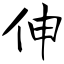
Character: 伸